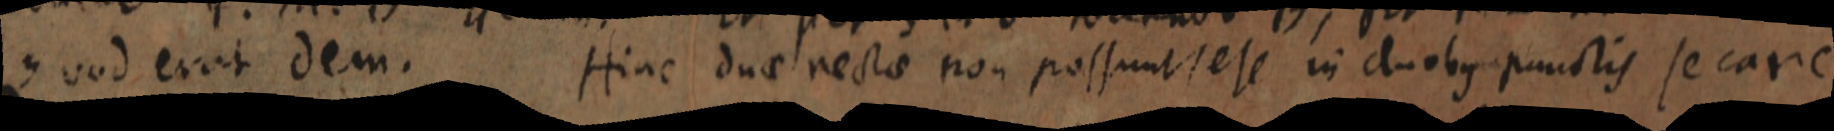
Quod erat dem. Hinc duae rectae non possunt sese in duobus punctis secare